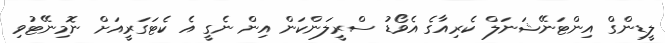
ލީޑިންގް އިންޓަނޭޝަނަލް ކެރިއާގެ އެވޯޑު ސްރީލަންކަން އިން ނެގީ އެ ކެޓަގަރީއަށް ނޮމިނޭޓުވި